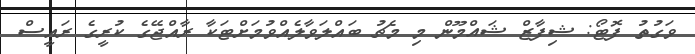
ވަގުތު ފޮޓޯ: ޝިފާޒް ޝައްމޫން މި މެޗު ބައްލަވާލެއްވުމަށްޓަކާ ރާއްޖޭގެ ކުރީގެ ރައީސް